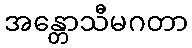
အန္တောသီမဂတာ